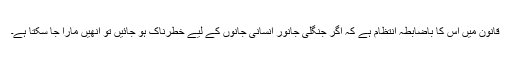
قانون میں اس کا باضابطہ انتظام ہے کہ اگر جنگلی جانور انسانی جانوں کے لیے خطرناک ہو جائیں تو انھیں مارا جا سکتا ہے۔